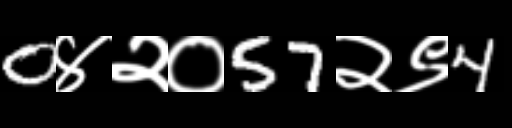
Text: 0४२०57२९4